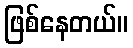
ဖြစ်နေတယ်။